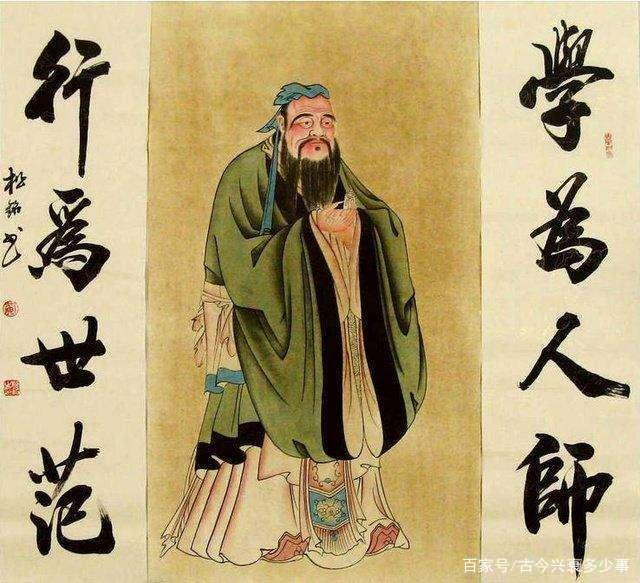
天行有常，不以尧存，不以桀亡。应之以治则吉，应之以乱则凶。